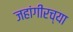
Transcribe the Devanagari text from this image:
जहांगीरच्या